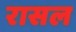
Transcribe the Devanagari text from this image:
रासल